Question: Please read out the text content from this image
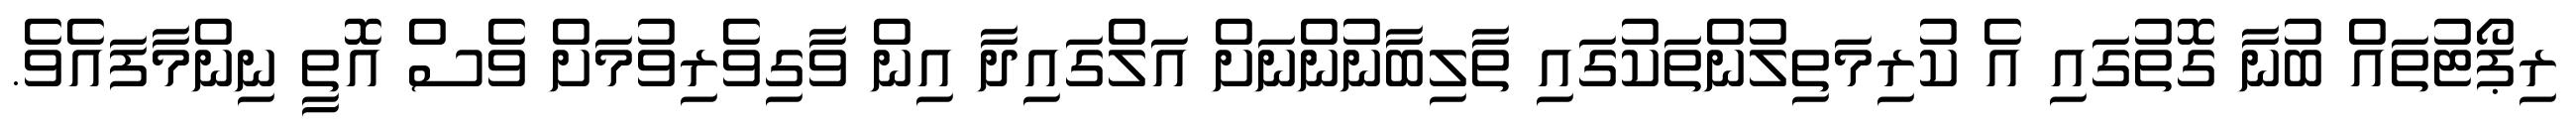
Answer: ރިޕޯޓުތައް ބުނާ ގޮތުގައި އެ ކުރިމަތިލުންތަކުގައި ތާލިބާނުންނަށް އަލްގައިދާ އިން ވާގިވެރިވުމަށް ވެސް އޮތީ ނިންމާފައެވެ.